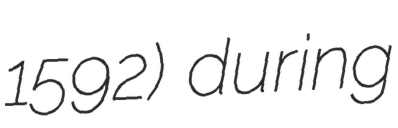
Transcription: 1592) during